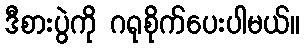
ဒီစားပွဲကို ဂရုစိုက်ပေးပါမယ်။